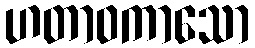
ဟတာဝကာသော